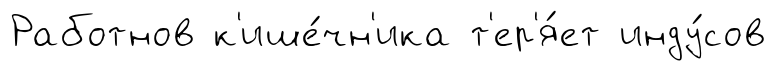
Работнов к'ише́чн'ика т'ер'я́ет инду́сов